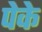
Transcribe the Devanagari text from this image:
पेके